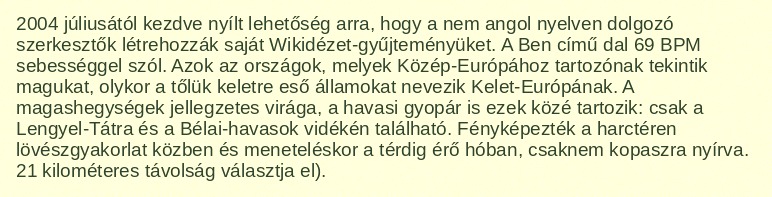
2004 júliusától kezdve nyílt lehetőség arra, hogy a nem angol nyelven dolgozó szerkesztők létrehozzák saját Wikidézet-gyűjteményüket. A Ben című dal 69 BPM sebességgel szól. Azok az országok, melyek Közép-Európához tartozónak tekintik magukat, olykor a tőlük keletre eső államokat nevezik Kelet-Európának. A magashegységek jellegzetes virága, a havasi gyopár is ezek közé tartozik: csak a Lengyel-Tátra és a Bélai-havasok vidékén található. Fényképezték a harctéren lövészgyakorlat közben és meneteléskor a térdig érő hóban, csaknem kopaszra nyírva. 21 kilométeres távolság választja el).